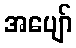
အပျော်